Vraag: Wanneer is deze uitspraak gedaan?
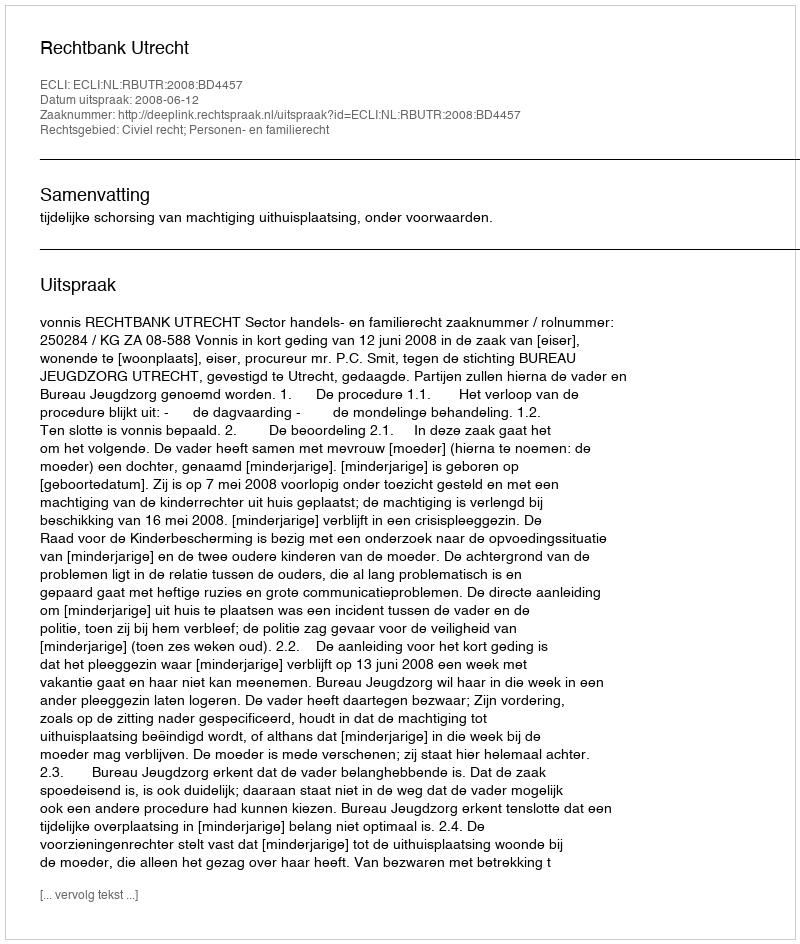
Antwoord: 2008-06-12